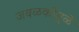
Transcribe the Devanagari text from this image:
जवळकीमुळे